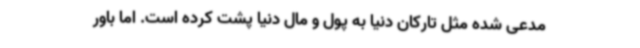
مدعی شده مثل تارکان دنیا به پول و مال دنیا پشت کرده است. اما باور